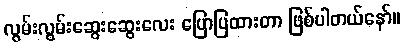
လွမ်းလွမ်းဆွေးဆွေးလေး ပြောပြထားတာ ဖြစ်ပါတယ်နော်။